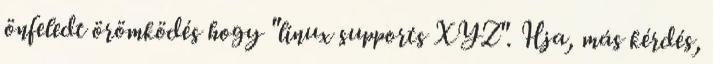
önfeledt örömködés hogy "linux supports XYZ". Hja, más kérdés,